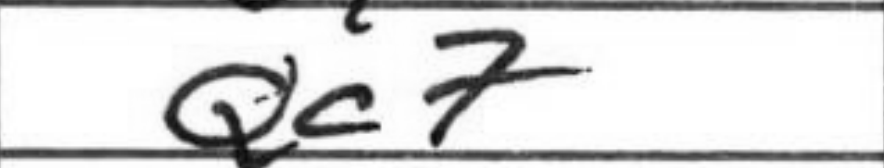
Transcription: Qc7